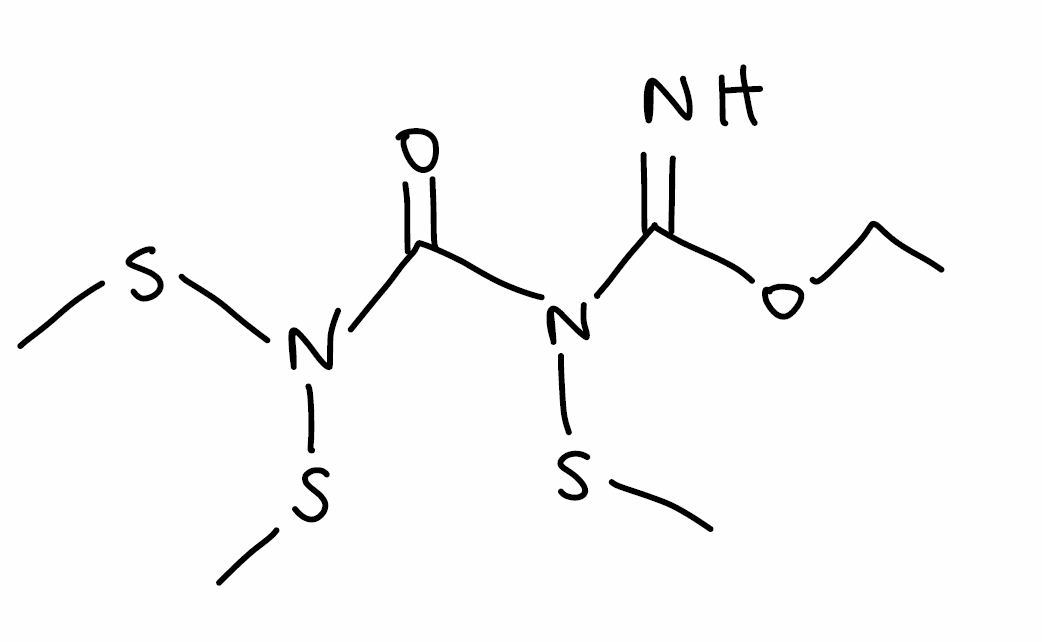
Simplified molecular-input line-entry system (SMILES) notation of the given molecule:
CCOC(=N)N(C(=O)N(SC)SC)SC